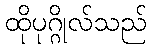
ထိုပုဂ္ဂိုလ်သည်